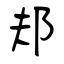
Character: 邞